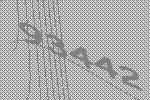
93442